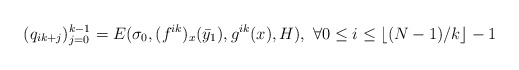
\begin{align*}(q_{ik+j} )_{j=0}^{k-1} = E(\sigma_0, (f^{ik})_x(\bar{y}_1), g^{ik}(x), H), \ \forall 0 \leq i \leq \lfloor (N - 1)/k \rfloor - 1 \end{align*}